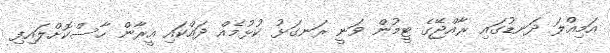
އަމިއްލަ ދަނޑުގައި ރާއްޖޭގެ ޓީމުން ވަނީ ރަނގަޅު ކުޅުމެއް ދައްކައި އީރާން ހާސްކޮށްލައިފި